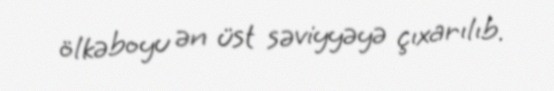
ölkəboyu ən üst səviyyəyə çıxarılıb.